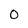
Character: O